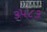
૩૫૮૩